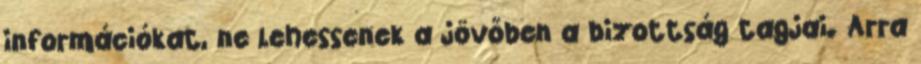
információkat, ne lehessenek a jövőben a bizottság tagjai. Arra